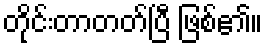
တိုင်းတာတတ်ပြီ ဖြစ်၏။